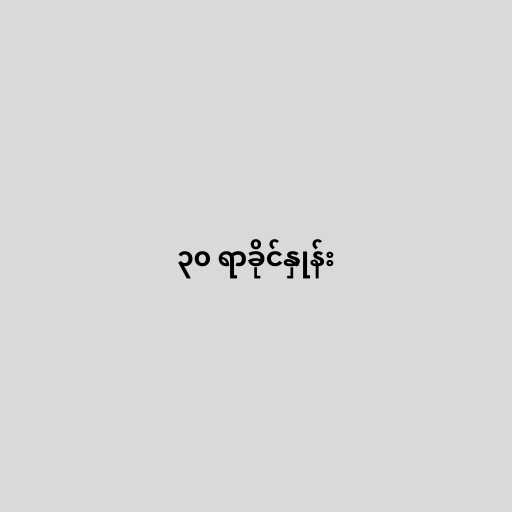
၃၀ ရာခိုင်နှုန်း